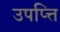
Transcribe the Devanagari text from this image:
उपप्त्ति